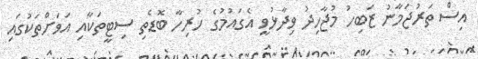
އިސް ތަރުޖަމާނު ޒަބިހު މުޖާހިދު ވިދާޅުވީ އެގައުމުގެ ހުރިހާ ބޮޑެތި ސިޓީތަކާއި އަވަށްތަކުގައި